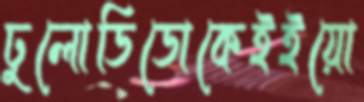
ঢুলোডিডোকেইইয়ো